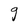
Character: g